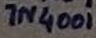
Text: 1N4001